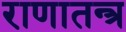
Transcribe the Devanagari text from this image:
राणातन्त्र